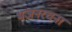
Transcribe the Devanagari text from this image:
भजनरचना